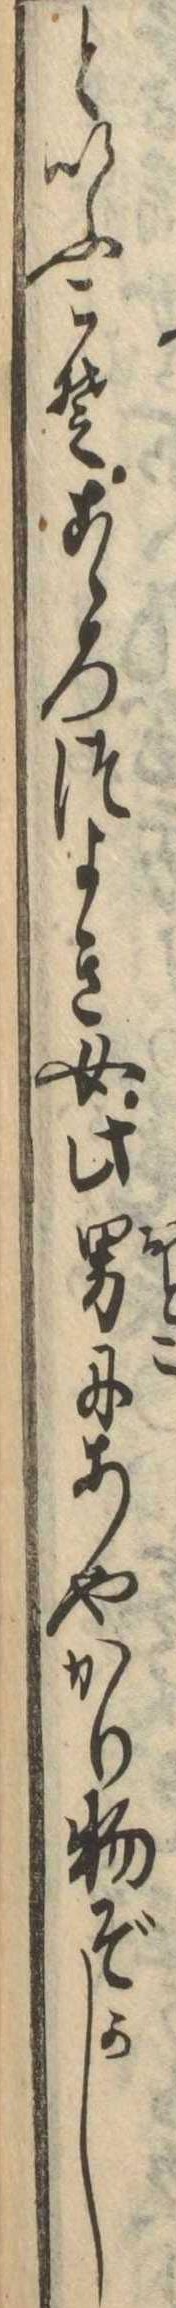
といふこそこゝろつよき女此男にあやかり物ぞかし